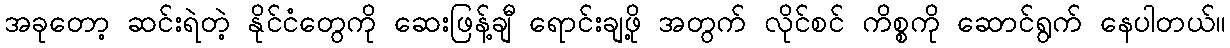
အခုတော့ ဆင်းရဲတဲ့ နိုင်ငံတွေကို ဆေးဖြန့်ချီ ရောင်းချဖို့ အတွက် လိုင်စင် ကိစ္စကို ဆောင်ရွက် နေပါတယ်။